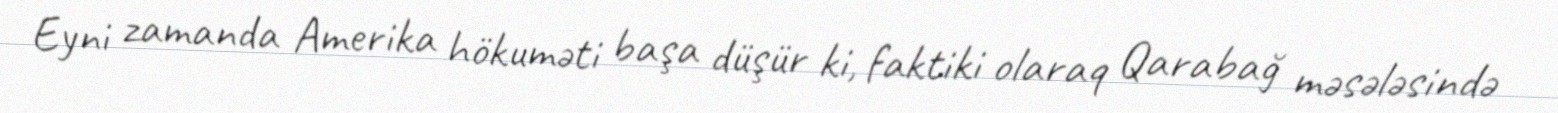
Eyni zamanda Amerika hökuməti başa düşür ki, faktiki olaraq Qarabağ məsələsində